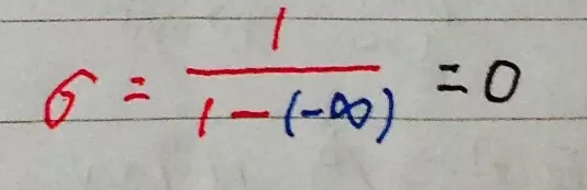
\[
6=\frac{1}{1 - (-\infty)} = 0
\]